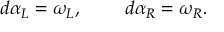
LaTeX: d \alpha _ { L } = \omega _ { L } , \; \; \; \; \; \; \; \; d \alpha _ { R } = \omega _ { R } .